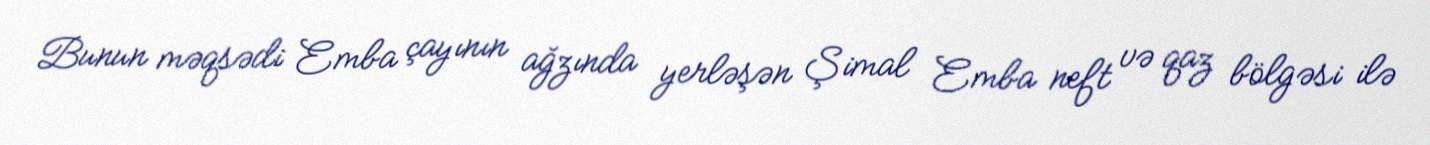
Bunun məqsədi Emba çayının ağzında yerləşən Şimal Emba neft və qaz bölgəsi ilə